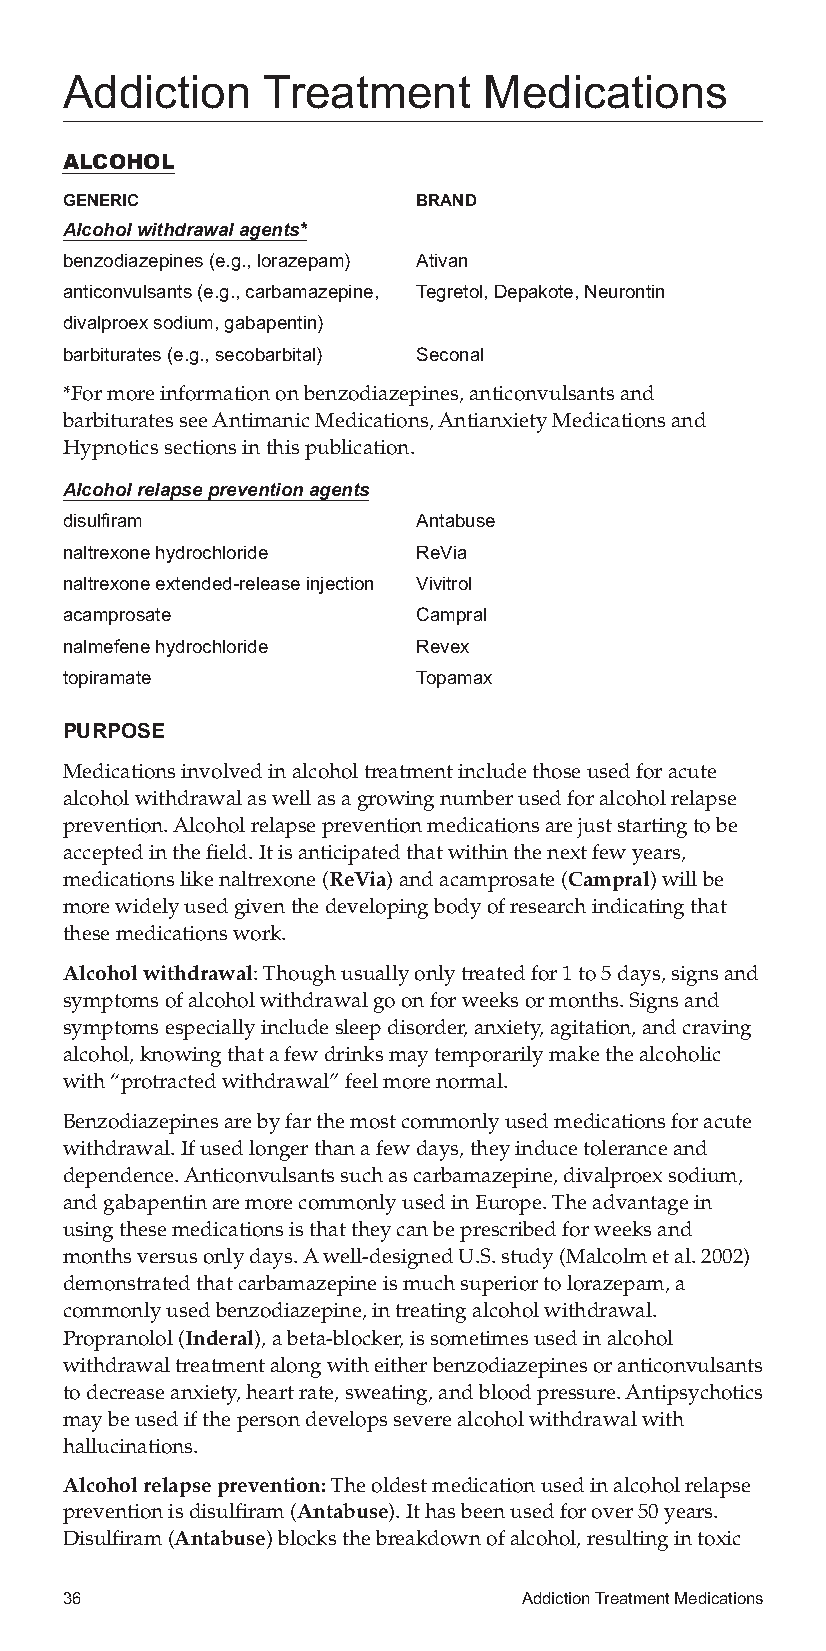
Addiction    Treatment      Medications
 ALCOHOL
 GENERIC                 BRAND
 Alcoholwithdrawalagents*
 benzodiazepines(e.g.,lorazepam) Ativan
 anticonvulsants(e.g.,carbamazepine, Tegretol,Depakote,Neurontin
 divalproexsodium,gabapentin)
 barbiturates(e.g.,secobarbital) Seconal
 *Formoreinformationonbenzodiazepines,anticonvulsantsand
 barbituratesseeAntimanicMedications,AntianxietyMedicationsand
 Hypnoticssectionsinthispublication.
 Alcoholrelapsepreventionagents
 disulfiram              Antabuse
 naltrexonehydrochloride ReVia
 naltrexoneextended-releaseinjection Vivitrol
 acamprosate             Campral
 nalmefenehydrochloride  Revex
 topiramate              Topamax
 PURPOSE
 Medicationsinvolvedinalcoholtreatmentincludethoseusedforacute
 alcoholwithdrawalaswellasagrowingnumberusedforalcoholrelapse
 prevention.Alcoholrelapsepreventionmedicationsarejuststartingtobe
 acceptedinthefield.Itisanticipatedthatwithinthenextfewyears,
 medicationslikenaltrexone(ReVia)andacamprosate(Campral)willbe
 morewidelyusedgiventhedevelopingbodyofresearchindicatingthat
 thesemedicationswork.
 Alcoholwithdrawal:Thoughusuallyonlytreatedfor1to5days,signsand
 symptomsofalcoholwithdrawalgoonforweeksormonths.Signsand
 symptomsespeciallyincludesleepdisorder,anxiety,agitation,andcraving
 alcohol,knowingthatafewdrinksmaytemporarilymakethealcoholic
 with“protractedwithdrawal”feelmorenormal.
 Benzodiazepinesarebyfarthemostcommonlyusedmedicationsforacute
 withdrawal.Ifusedlongerthanafewdays,theyinducetoleranceand
 dependence.Anticonvulsantssuchascarbamazepine,divalproexsodium,
 andgabapentinaremorecommonlyusedinEurope.Theadvantagein
 usingthesemedicationsisthattheycanbeprescribedforweeksand
 monthsversusonlydays.Awell-designedU.S.study(Malcolmetal.2002)
 demonstratedthatcarbamazepineismuchsuperiortolorazepam,a
 commonlyusedbenzodiazepine,intreatingalcoholwithdrawal.
 Propranolol(Inderal),abeta-blocker,issometimesusedinalcohol
 withdrawaltreatmentalongwitheitherbenzodiazepinesoranticonvulsants
 todecreaseanxiety,heartrate,sweating,andbloodpressure.Antipsychotics
 maybeusedifthepersondevelopsseverealcoholwithdrawalwith
 hallucinations.
 Alcoholrelapseprevention:Theoldestmedicationusedinalcoholrelapse
 preventionisdisulfiram(Antabuse).Ithasbeenusedforover50years.
 Disulfiram(Antabuse)blocksthebreakdownofalcohol,resultingintoxic
 36                             AddictionTreatmentMedications